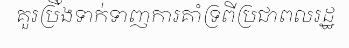
គួរប្រឹងទាក់ទាញការគាំទ្រពីប្រជាពលរដ្ឋ